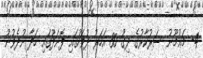
4- މަޢުމޫނު ސަރުކާރުގެ ދިގު 30 އަހަރު ދުވަހުގައި ފޮނަދޫގައި ހަދާ ނުދެވުނު